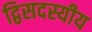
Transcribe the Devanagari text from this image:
द्विसदस्यीय